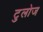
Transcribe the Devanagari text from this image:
टुलोज